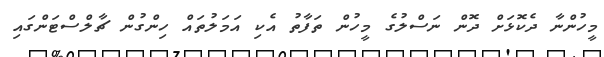
މީހުންނާ ދެކޮޅަށް ދޮން ނަސްލުގެ މީހުން ތަފާތު އެކި އަމަލުތައް ހިންގުން ޗާލްސްޓަންގައި